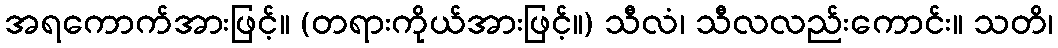
အရကောက်အားဖြင့်။ (တရားကိုယ်အားဖြင့်။) သီလံ၊ သီလလည်းကောင်း။ သတိ၊